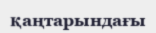
қаңтарындағы